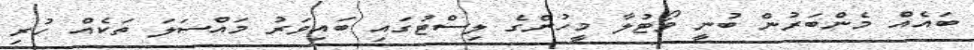
ބައެއް މެންބަރުން ބުނީ ވޯޓުލާ މީހުންގެ ލިސްޓުގައި ބައިވަރު މައްސަލަ ތަކެއް ހުރި